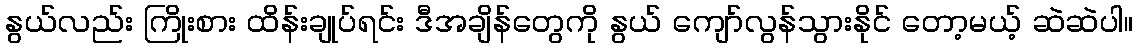
နွယ်လည်း ကြိုးစား ထိန်းချုပ်ရင်း ဒီအချိန်တွေကို နွယ် ကျော်လွန်သွားနိုင် တော့မယ့် ဆဲဆဲပါ။